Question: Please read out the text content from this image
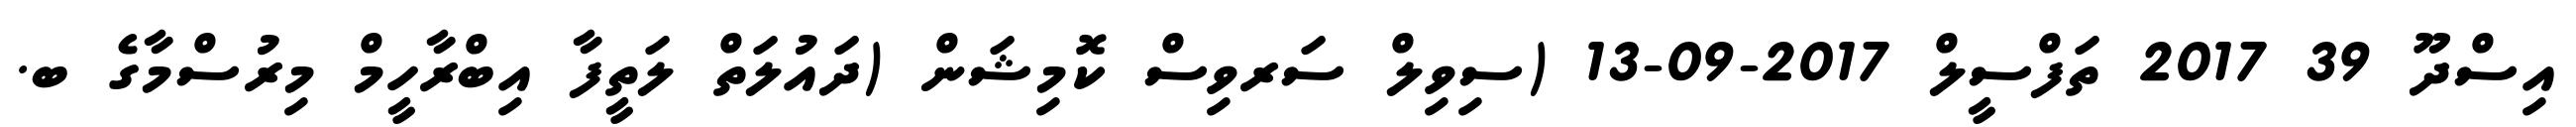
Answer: އިސްދޫ 39 2017 ތަފްސީލް 2017-09-13 (ސިވިލް ސަރވިސް ކޮމިޝަން (ދައުލަތް ލަތީފާ އިބްރާހީމް މިރުސްމާގެ ބ.